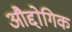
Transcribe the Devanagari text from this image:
औद्दोगिक